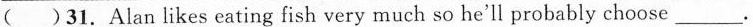
（）31. Alan likes eating fish very much so he'll probably choose ___.